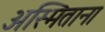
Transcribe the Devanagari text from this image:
अस्मिताना